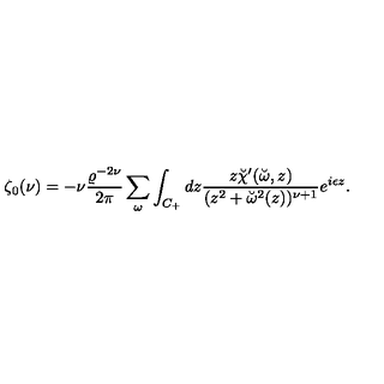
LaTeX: \zeta _ { 0 } ( \nu ) = - \nu { \frac { \varrho ^ { - 2 \nu } } { 2 \pi } } \sum _ { \omega } \int _ { C _ { + } } d z { \frac { z \breve { \chi } ^ { \prime } ( \breve { \omega } , z ) } { ( z ^ { 2 } + \breve { \omega } ^ { 2 } ( z ) ) ^ { \nu + 1 } } } e ^ { i \epsilon z } .